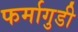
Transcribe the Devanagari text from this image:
फर्मागुडी